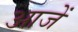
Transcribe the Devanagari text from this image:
आजें